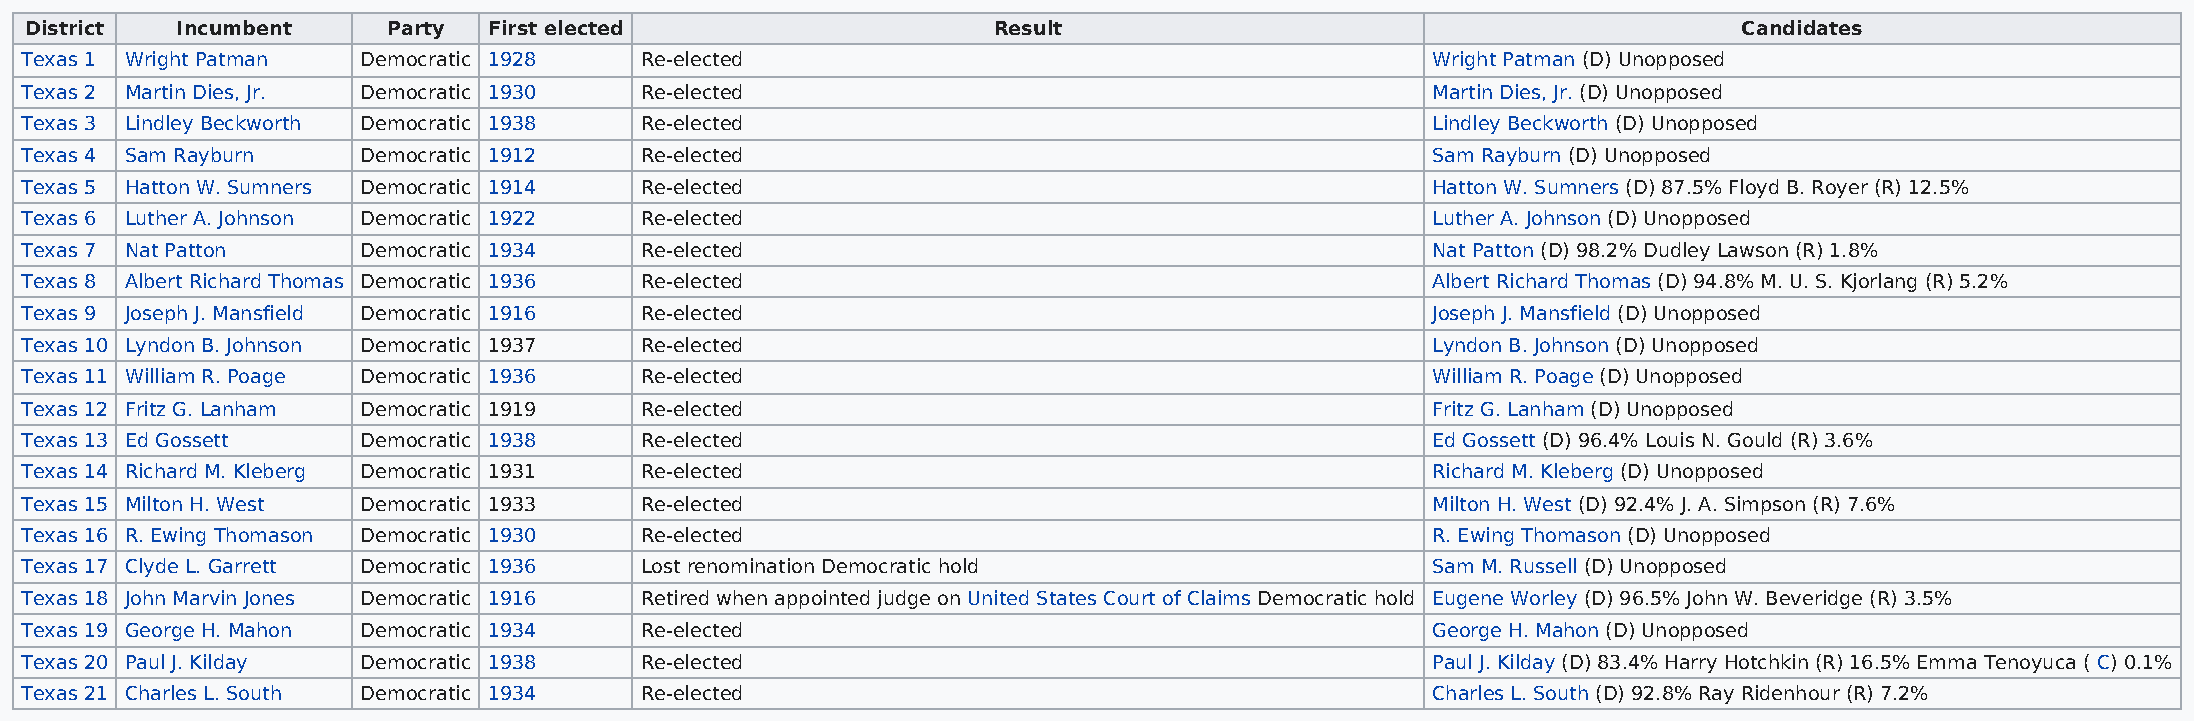
District  Incumbent     Party First elected                     Result                                           Candidates
 Texas 1 Wright Patman  Democratic 1928   Re-elected                                           Wright Patman (D) Unopposed
 Texas 2 Martin Dies, Jr. Democratic 1930 Re-elected                                           Martin Dies, Jr. (D) Unopposed
 Texas 3 Lindley Beckworth Democratic 1938 Re-elected                                          Lindley Beckworth (D) Unopposed
 Texas 4 Sam Rayburn    Democratic 1912   Re-elected                                           Sam Rayburn (D) Unopposed
 Texas 5 Hatton W. Sumners Democratic 1914 Re-elected                                          Hatton W. Sumners (D) 87.5% Floyd B. Royer (R) 12.5%
 Texas 6 Luther A. Johnson Democratic 1922 Re-elected                                          Luther A. Johnson (D) Unopposed
 Texas 7 Nat Patton     Democratic 1934   Re-elected                                           Nat Patton (D) 98.2% Dudley Lawson (R) 1.8%
 Texas 8 Albert Richard Thomas Democratic 1936 Re-elected                                      Albert Richard Thomas (D) 94.8% M. U. S. Kjorlang (R) 5.2%
 Texas 9 Joseph J. Mansfield Democratic 1916 Re-elected                                        Joseph J. Mansfield (D) Unopposed
 Texas 10 Lyndon B. Johnson Democratic 1937 Re-elected                                         Lyndon B. Johnson (D) Unopposed
 Texas 11 William R. Poage Democratic 1936 Re-elected                                          William R. Poage (D) Unopposed
 Texas 12 Fritz G. Lanham Democratic 1919 Re-elected                                           Fritz G. Lanham (D) Unopposed
 Texas 13 Ed Gossett    Democratic 1938   Re-elected                                           Ed Gossett (D) 96.4% Louis N. Gould (R) 3.6%
 Texas 14 Richard M. Kleberg Democratic 1931 Re-elected                                        Richard M. Kleberg (D) Unopposed
 Texas 15 Milton H. West Democratic 1933  Re-elected                                           Milton H. West (D) 92.4% J. A. Simpson (R) 7.6%
 Texas 16 R. Ewing Thomason Democratic 1930 Re-elected                                         R. Ewing Thomason (D) Unopposed
 Texas 17 Clyde L. Garrett Democratic 1936 Lost renomination Democratic hold                   Sam M. Russell (D) Unopposed
 Texas 18 John Marvin Jones Democratic 1916 Retired when appointed judge on United States Court of Claims Democratic hold Eugene Worley (D) 96.5% John W. Beveridge (R) 3.5%
 Texas 19 George H. Mahon Democratic 1934 Re-elected                                           George H. Mahon (D) Unopposed
 Texas 20 Paul J. Kilday Democratic 1938  Re-elected                                           Paul J. Kilday (D) 83.4% Harry Hotchkin (R) 16.5% Emma Tenoyuca ( C) 0.1%
 Texas 21 Charles L. South Democratic 1934 Re-elected                                          Charles L. South (D) 92.8% Ray Ridenhour (R) 7.2%